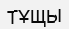
ТҰЩЫ